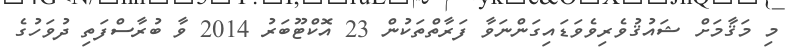
މި މަޤާމަށް ޝައުޤުވެރިވެވަޑައިގަންނަވާ ފަރާތްތަކުން 23 އޮކްޓޫބަރު 2014 ވާ ބުރާސްފަތި ދުވަހުގެ